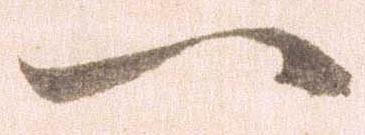
一